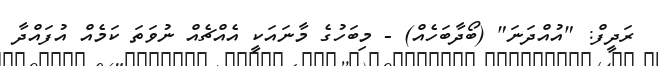
ރަދީފް: "އުއްދަނަ" (ބޯދާބަހެއް) - މިބަހުގެ މާނައަކީ އެއްޗެއް ނުވަތަ ކަމެއް އުފައްދާ